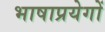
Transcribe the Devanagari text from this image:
भाषाप्रयेगों